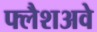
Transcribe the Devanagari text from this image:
फ्लैशअवे